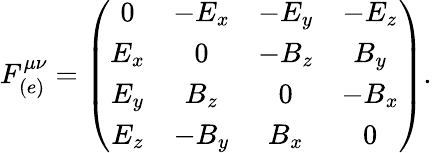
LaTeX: F_{(e)}^{\mu\nu}=\left(\begin{array}{cccc}{{0}}&{{-E_{x}}}&{{-E_{y}}}&{{-E_{z}}}\\ {{E_{x}}}&{{0}}&{{-B_{z}}}&{{B_{y}}}\\ {{E_{y}}}&{{B_{z}}}&{{0}}&{{-B_{x}}}\\ {{E_{z}}}&{{-B_{y}}}&{{B_{x}}}&{{0}}\end{array}\right).